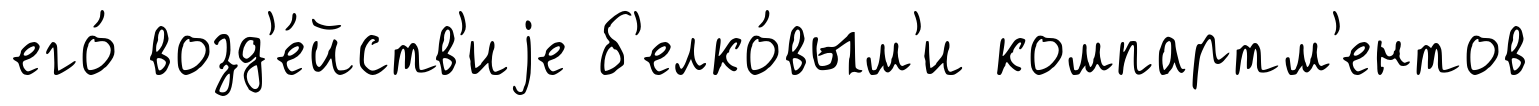
его́ возд'е́йств'иjе б'елко́вым'и компартм'ентов